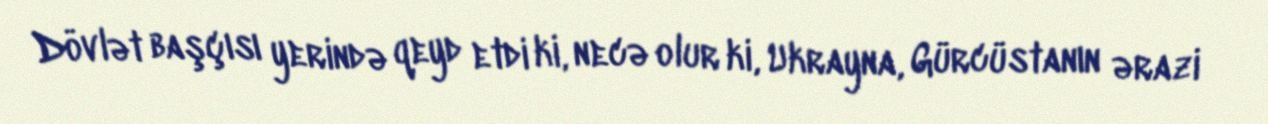
Dövlət başçısı yerində qeyd etdi ki, necə olur ki, Ukrayna, Gürcüstanın ərazi